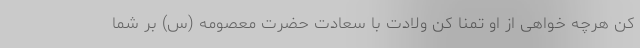
کن هرچه خواهی از او تمنا کن ولادت با سعادت حضرت معصومه (س) بر شما